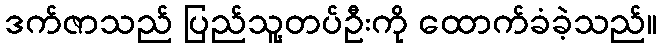
ဒက်ဇာသည် ပြည်သူ့တပ်ဦးကို ထောက်ခံခဲ့သည်။